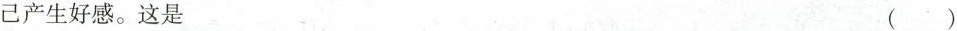
己产生好感。这是 ()